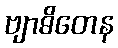
ဗျာဓိတေန